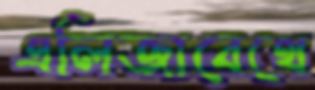
এলিজাবেথে